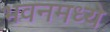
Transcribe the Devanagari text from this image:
भवनमध्ये